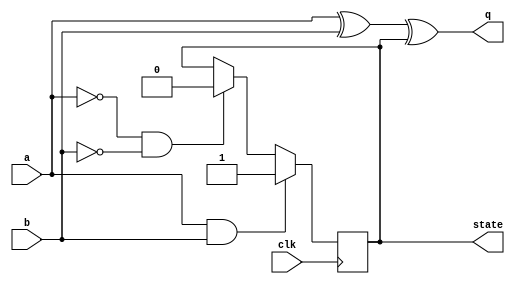
module top_module (
    input clk,
    input a,
    input b,
    output q,
    output state  );

    assign q = a ^ b ^ state;
    
    always @(posedge clk) begin
        if(a & b) begin
            state <= 1'b1;
        end
        else if(~a & ~b) begin
            state <= 1'b0;
        end
        else begin
            state <= state;
        end
    end
    
endmodule